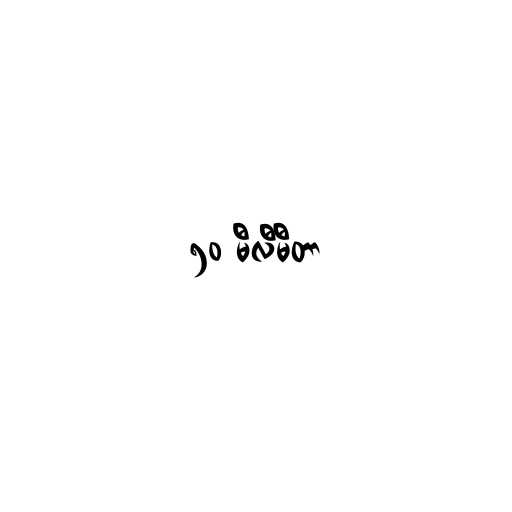
၅၀ မီလီမီတာ